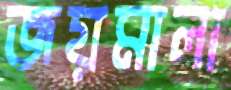
জয়মালা